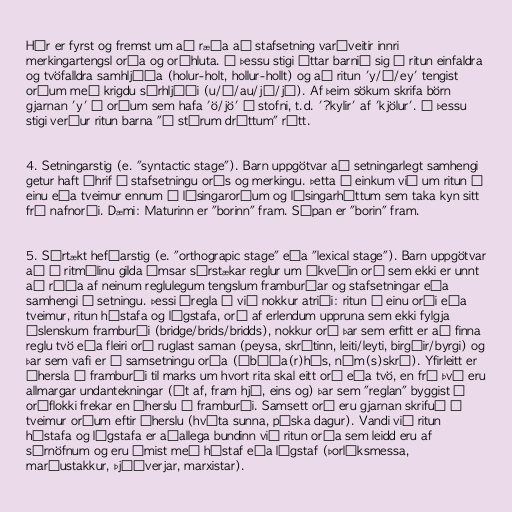
Hér er fyrst og fremst um að ræða að stafsetning varðveitir innri
merkingartengsl orða og orðhluta. Á þessu stigi áttar barnið sig á ritun einfaldra
og tvöfalldra samhljóða (holur-holt, hollur-hollt) og að ritun 'y/ý/ey' tengist
orðum með krigdu sérhljóði (u/ú/au/jú/jó). Af þeim sökum skrifa börn
gjarnan 'y' í orðum sem hafa 'ö/jö' í stofni, t.d. '?kylir' af 'kjölur'. Á þessu
stigi verður ritun barna "í stórum dráttum" rétt.

4. Setningarstig (e. "syntactic stage"). Barn uppgötvar að setningarlegt samhengi
getur haft áhrif á stafsetningu orðs og merkingu. Þetta á einkum við um ritun á
einu eða tveimur ennum í lýsingarorðum og lýsingarháttum sem taka kyn sitt
frá nafnorði. Dæmi: Maturinn er "borinn" fram. Súpan er "borin" fram.

5. Sértækt hefðarstig (e. "orthograpic stage" eða "lexical stage"). Barn uppgötvar
að í ritmálinu gilda ýmsar sérstækar reglur um ákveðin orð sem ekki er unnt
að ráða af neinum reglulegum tengslum framburðar og stafsetningar eða
samhengi í setningu. Þessi óregla á við nokkur atriði: ritun í einu orði eða
tveimur, ritun hástafa og lágstafa, orð af erlendum uppruna sem ekki fylgja
íslenskum framburði (bridge/brids/bridds), nokkur orð þar sem erfitt er að finna
reglu tvö eða fleiri orð ruglast saman (peysa, skrítinn, leiti/leyti, birgðir/byrgi) og
þar sem vafi er á samsetningu orða (íbúða(r)hús, nám(s)skrá). Yfirleitt er
áhersla í framburði til marks um hvort rita skal eitt orð eða tvö, en frá því eru
allmargar undantekningar (út af, fram hjá, eins og) þar sem "reglan" byggist á
orðflokki frekar en áherslu í framburði. Samsett orð eru gjarnan skrifuð í
tveimur orðum eftir áherslu (hvíta sunna, páska dagur). Vandi við ritun
hástafa og lágstafa er aðallega bundinn við ritun orða sem leidd eru af
sérnöfnum og eru ýmist með hástaf eða lágstaf (Þorláksmessa,
maríustakkur, Þjóðverjar, marxistar).